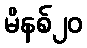
မိနစ်၂၀